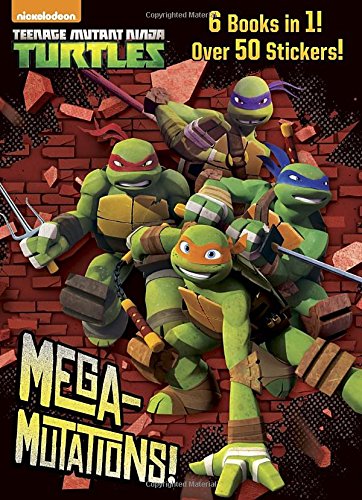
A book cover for Mega-Mutations! (Teenage Mutant Ninja Turtles) (Jumbo Coloring Book); Golden Books; Children's Books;